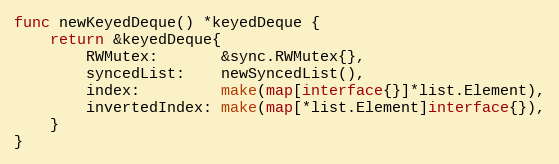
Language: Go
func newKeyedDeque() *keyedDeque {
	return &keyedDeque{
		RWMutex:       &sync.RWMutex{},
		syncedList:    newSyncedList(),
		index:         make(map[interface{}]*list.Element),
		invertedIndex: make(map[*list.Element]interface{}),
	}
}